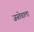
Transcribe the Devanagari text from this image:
जस्तेवाला